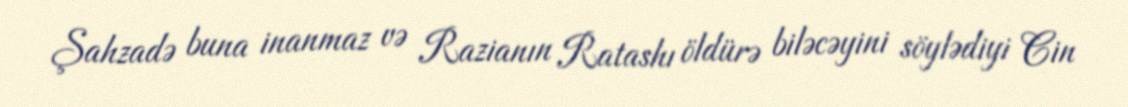
Şahzadə buna inanmaz və Razianın Ratashı öldürə biləcəyini söylədiyi Cin